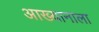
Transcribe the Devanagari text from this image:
आख्यानाला